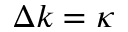
\Delta k = \kappa